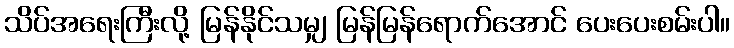
သိပ်အရေးကြီးလို့ မြန်နိုင်သမျှ မြန်မြန်ရောက်အောင် ပေးပေးစမ်းပါ။